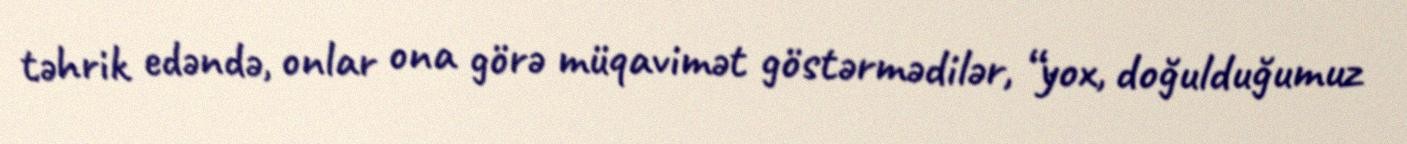
təhrik edəndə, onlar ona görə müqavimət göstərmədilər, “yox, doğulduğumuz